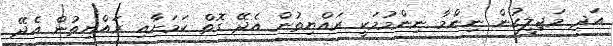
އަދި މަޖިލީހުން ނިންމާ ނިންމުމަކީ ރައްޔިތުން އެދޭ ގޮތް ކަމަށާއި ރައްޔިތުން އެދޭ